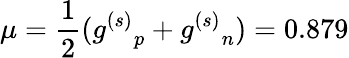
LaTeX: \mu={\frac{1}{2}}({g^{(s)}}_{p}+{g^{(s)}}_{n})=0.879